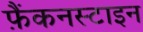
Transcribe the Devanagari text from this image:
फ़ैंकनस्टाइन